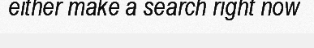
either make a search right now